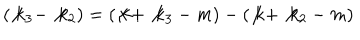
( \not { k } _ { 3 } - \not { k } _ { 2 } ) = ( \not { k } + \not { k } _ { 3 } - m ) - ( \not { k } + \not { k } _ { 2 } - m )